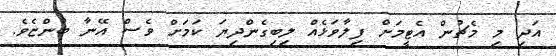
އަދި މި މެޗުން އެޓީމަށް ފިލާވަޅެއް ލިބިގެންދިޔަ ކަމަށް ވެސް އޭނާ ބުންޏެވެ.